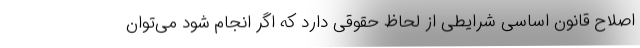
اصلاح قانون اساسی شرایطی از لحاظ حقوقی دارد که اگر انجام شود می‌توان